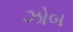
ઝોબ